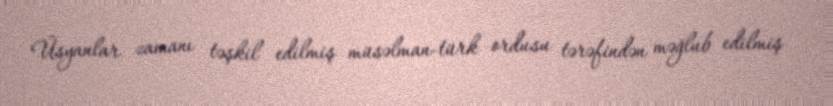
Üsyanlar zamanı təşkil edilmiş müsəlman-türk ordusu tərəfindən məğlub edilmiş